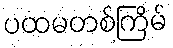
ပထမတစ်ကြိမ်